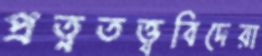
প্রত্নতত্ত্ববিদেরা